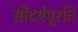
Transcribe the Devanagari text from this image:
सौंदर्यपूरति